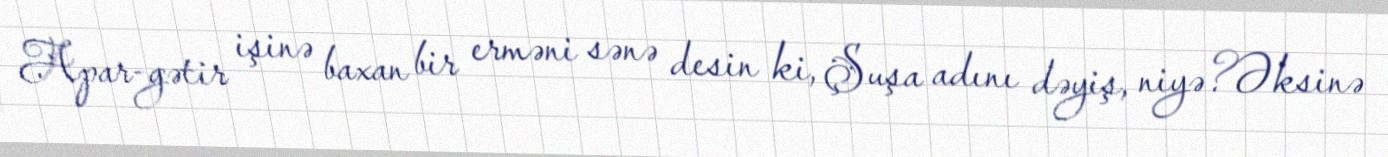
Apar-gətir işinə baxan bir erməni sənə desin ki, Şuşa adını dəyiş, niyə?Əksinə